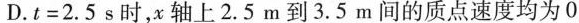
D.$$t = 2 . 5$$s时，x轴上2.5m到3.5m间的质点速度均为0